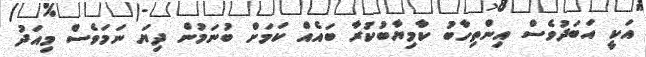
އަކީ އަބަދުވެސް އިންތިހާބު ކާމިޔާބުކުރާ ބައެއް ކަމަށް ބުނަމުން ދިޔަ ނަމަވެސް މިއަދު